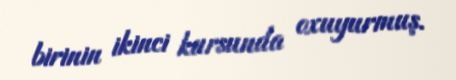
birinin ikinci kursunda oxuyurmuş.